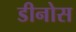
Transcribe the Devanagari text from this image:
डीनोस